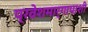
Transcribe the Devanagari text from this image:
प्रवेशमार्गापाशी